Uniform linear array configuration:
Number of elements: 24
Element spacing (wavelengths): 0.5
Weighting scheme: uniform
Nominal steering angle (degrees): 60
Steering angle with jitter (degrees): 59.31
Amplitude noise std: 0.05
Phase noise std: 0.05

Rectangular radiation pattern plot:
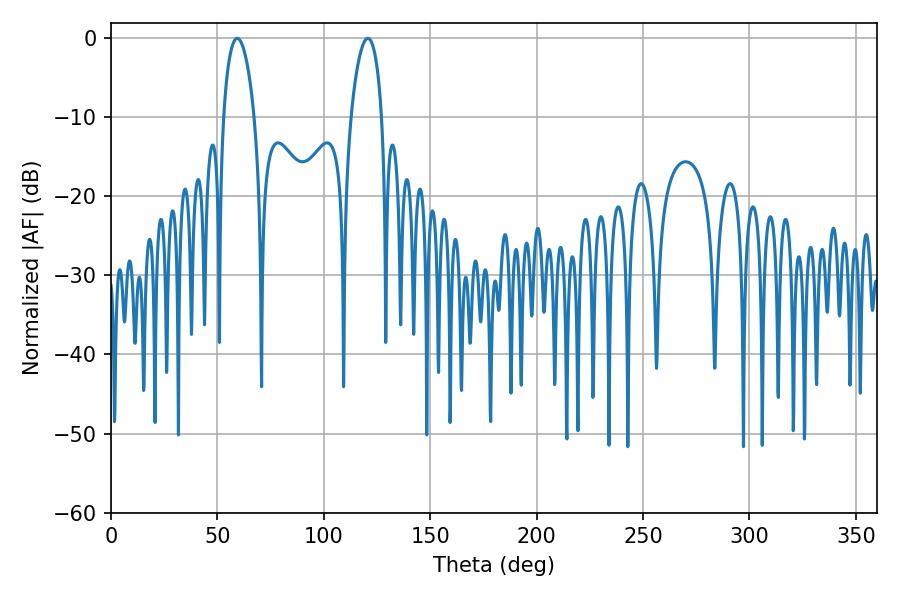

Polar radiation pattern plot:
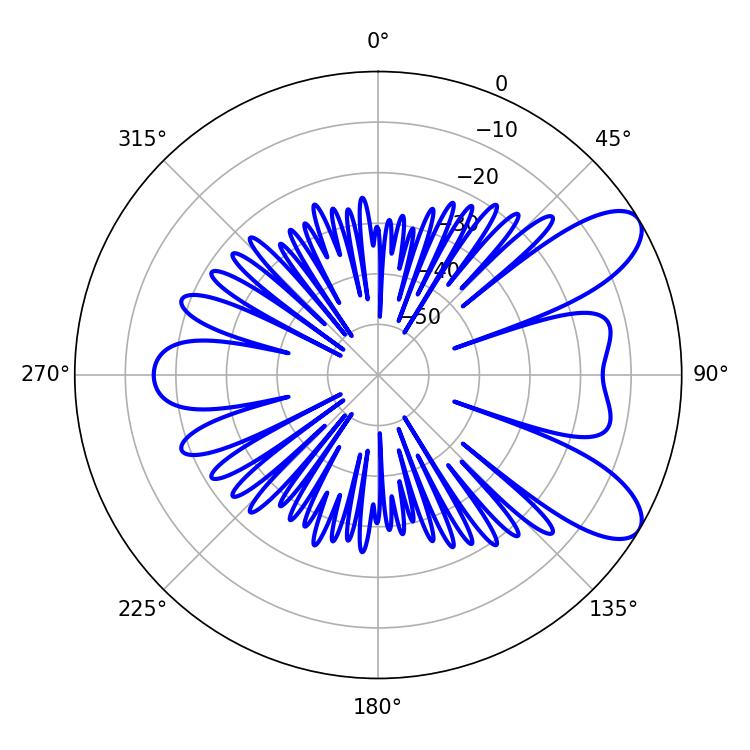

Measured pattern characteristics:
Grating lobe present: FALSE
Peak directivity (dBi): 8.612
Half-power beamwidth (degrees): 8.28
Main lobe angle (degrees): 59.22